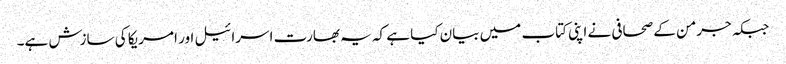
جبکہ جرمن کے صحافی نے اپنی کتاب میں بیان کیا ہے کہ یہ بھارت اسرائیل اور امریکا کی سازش ہے۔